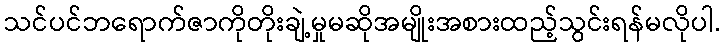
သင်ပင်ဘရောက်ဇာကိုတိုးချဲ့မှုမဆိုအမျိုးအစားထည့်သွင်းရန်မလိုပါ.